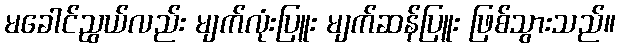
မခေါင်ညွယ်လည်း မျက်လုံးပြူး မျက်ဆန်ပြူး ဖြစ်သွားသည်။